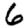
Digit: 6